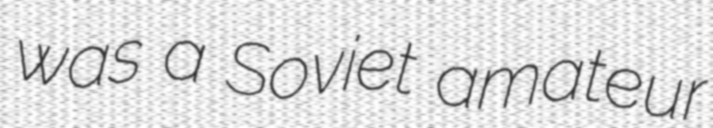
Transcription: was a Soviet amateur